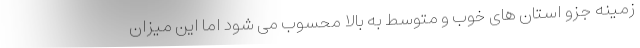
زمینه جزو استان های خوب و متوسط به بالا محسوب می شود اما این میزان